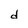
Character: d